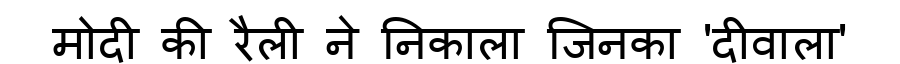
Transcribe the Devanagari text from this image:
मोदी की रैली ने निकाला जिनका 'दीवाला'